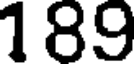
189